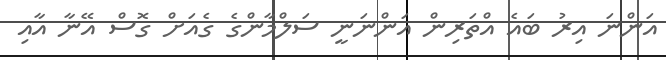
އަންނަ އިރު ބައެ އްތަރިން އަންނަނީ ސަލްމާންގެ ގެއަށް ގޮސް އޭނާ އާއި